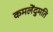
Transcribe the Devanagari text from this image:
कमलेंदुमति